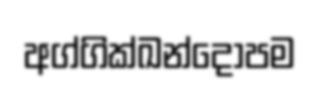
අග්ගික්ඛන්දෝපම